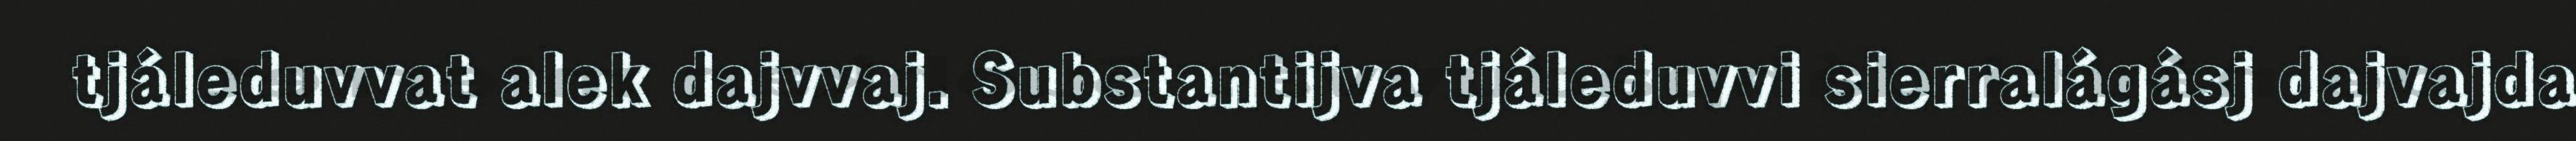
tjáleduvvat alek dajvvaj. Substantijva tjáleduvvi sierralágásj dajvajda